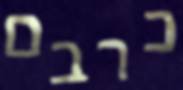
כרבם